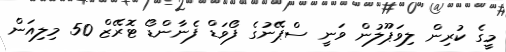
މީގެ ކުރިން ލިވަޕޫލުން ވަނީ ސްޕޭނުގެ ފޯވަޑް ފެނާންޑޯ ޓޮރޭޒް 50 މިލިއަން